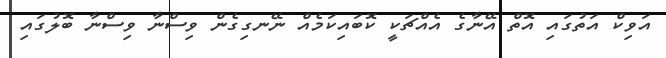
އަވިކް އަތުގައި އޮތް އޭނާގެ އެއްޗަކީ ކޮބައިކަމެއް ނޭނގިގެން ވިސްނާ ވިސްނާ ބޮލުގައި